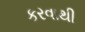
કરવાથી